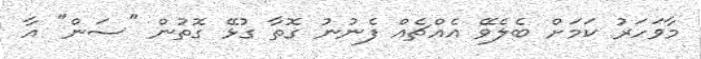
މާވަހަރު ކަމަށް ބެލެވޭ އެއްޗެއް ފެނުނު ގޮތާ ގުޅޭ ގޮތުން "ސަން" އާ